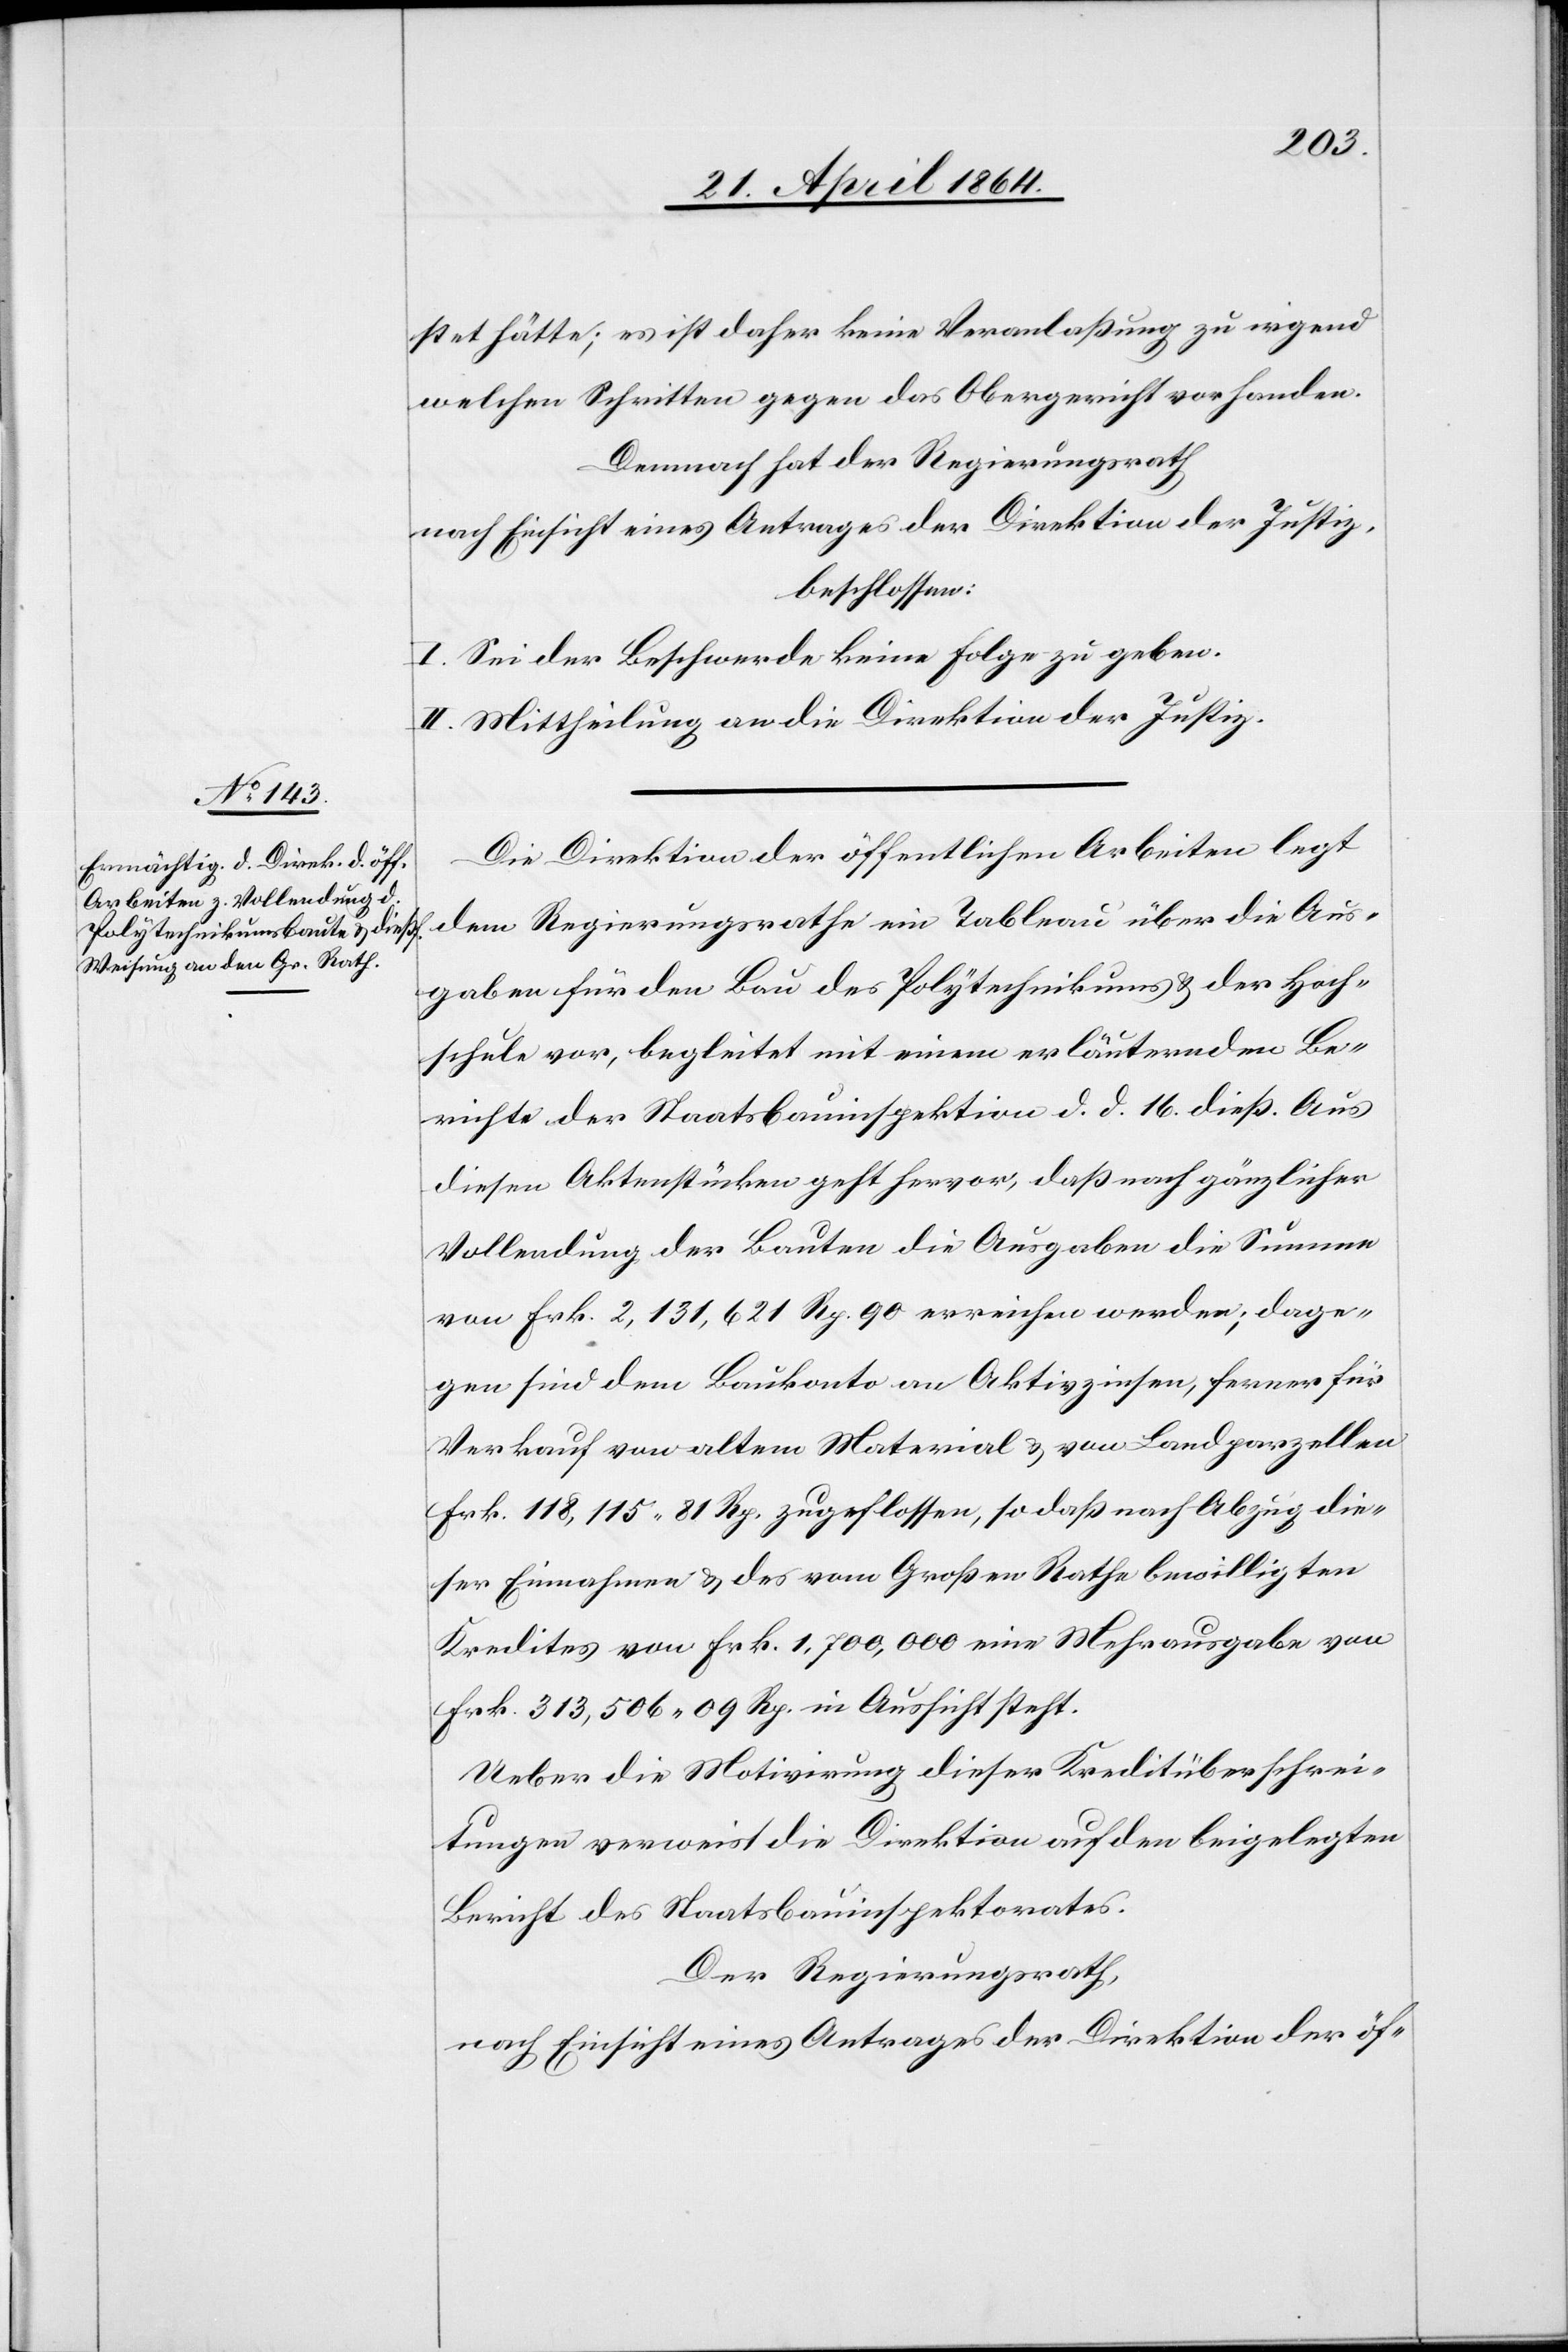
stet hätte; es ist daher keine Veranlaßung zu irgend
welchen Schritten gegen das Obergericht vorhanden.
Demnach hat der Regierungsrath
nach Einsicht eines Antrages der Direktion der Justiz,
beschlossen:
I. Sei der Beschwerde keine Folge zu geben.
II. Mittheilung an die Direktion der Justiz.
Die Direktion der öffentlichen Arbeiten legt
dem Regierungsrathe ein Tableau über die Aus¬
gaben für den Bau des Polytechnikums u. der Hoch¬
schule vor, begleitet mit einem erläuternden Be¬
richte der Staatsbauinspektion d. d. 16. dieß. Aus
diesen Aktenstücken geht hervor, daß nach gänzlicher
Vollendung der Bauten die Ausgaben die Summe
von Frk. 2,131,621 Rp. 90 erreichen werden; dage¬
gen sind dem Baukonto an Aktivzinsen, ferner für
Verkauf von altem Material u. von Landparzellen
Frk. 118,115 81 Rp. zugeflossen, so daß nach Abzug die¬
ser Einnahme u. des vom Großen Rathe bewilligten
Kredites von Frk. 1,700,000 eine Mehrausgabe von
Frk. 313,506 09 Rp. in Aussicht steht.
Ueber die Motivierung dieser Kreditüberschrei¬
tungen verweist die Direktion auf den beigelegten
Bericht des Staatsbauinspektorates.
Der Regierungsrath,
nach Einsicht eines Antrages der Direktion der öf-